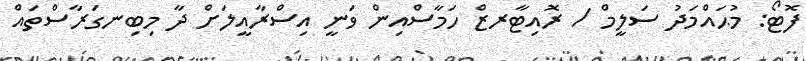
ފޮޓޯ: މުޙައްމަދު ސަލީމް / ރޮއިޓާރޒް ހަމާސްއިން ވަނީ އިސްރާއީލަށް ދާ މިބިނގަރާސްތައް